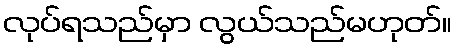
လုပ်ရသည်မှာ လွယ်သည်မဟုတ်။